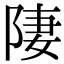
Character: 𨹷